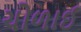
ચોળાઈ